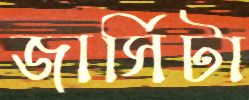
জার্সিটা